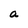
Character: a